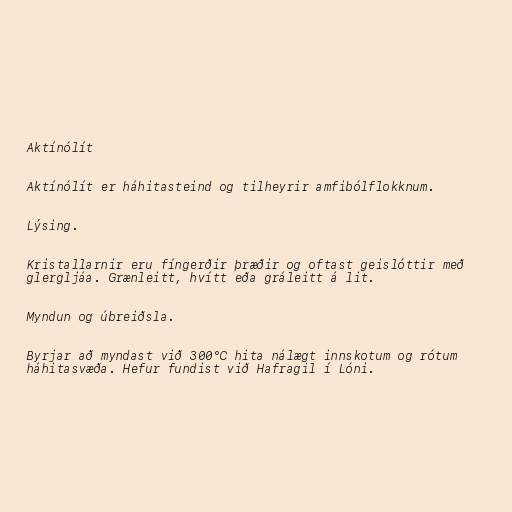
Aktínólít

Aktínólít er háhitasteind og tilheyrir amfibólflokknum.

Lýsing.

Kristallarnir eru fíngerðir þræðir og oftast geislóttir með
glergljáa. Grænleitt, hvítt eða gráleitt á lit.

Myndun og úbreiðsla.

Byrjar að myndast við 300°C hita nálægt innskotum og rótum
háhitasvæða. Hefur fundist við Hafragil í Lóni.